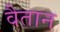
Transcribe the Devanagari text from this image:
वैतान